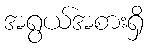
အရွယ်အစားရှိ